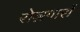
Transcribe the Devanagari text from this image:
रोज़गारों